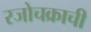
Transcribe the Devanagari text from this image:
रजोचक्राची